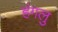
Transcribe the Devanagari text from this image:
हंगलु